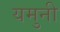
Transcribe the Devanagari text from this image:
यमुनी